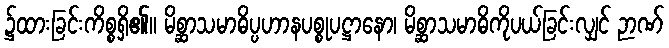
၌ထားခြင်းကိစ္စရှိ၏။ မိစ္ဆာသမာဓိပ္ပဟာနပစ္စုပဋ္ဌာနော၊ မိစ္ဆာသမာဓိကိုပယ်ခြင်းလျှင် ဉာဏ်